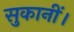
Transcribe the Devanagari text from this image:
सुकानीं।